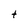
Character: t